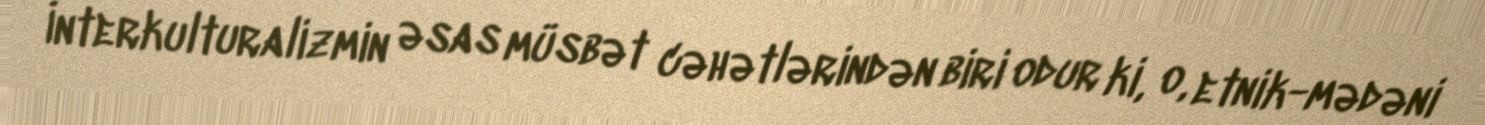
İnterkulturalizmin əsas müsbət cəhətlərindən biri odur ki, o, etnik-mədəni